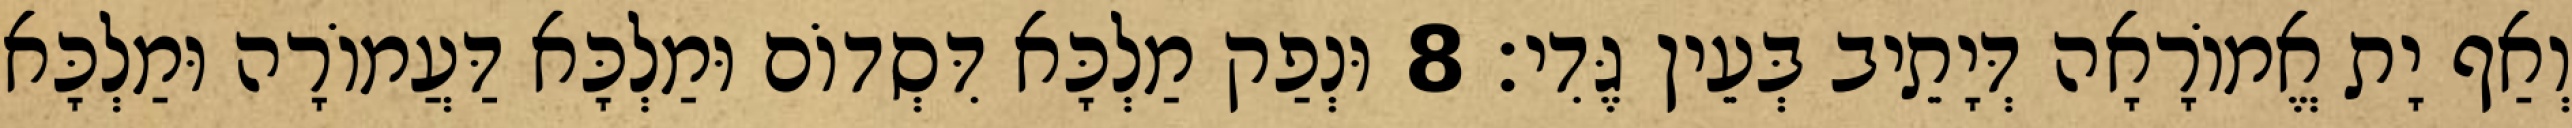
וְאַף יָת אֱמוֹרָאָה דְּיָתֵיב בְּעֵין גֶּדִי׃ 8 וּנְפַק מַלְכָּא דִּסְדוֹם וּמַלְכָּא דַּעֲמוֹרָה וּמַלְכָּא